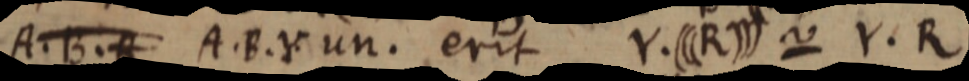
A. B. R A. B. Y un. erit Y. (((R))) ~ Y. R